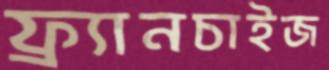
ফ্র্যানচাইজ